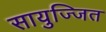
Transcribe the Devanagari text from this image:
सायुज्जित